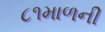
૮૧માળની